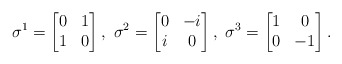
\begin{align*}\sigma^1 = \begin{bmatrix} 0 & 1 \\ 1 & 0 \end{bmatrix}, \ \sigma^2 = \begin{bmatrix} 0 & -i \\ i & 0 \end{bmatrix}, \ \sigma^3=\begin{bmatrix} 1 & 0 \\ 0 & -1 \end{bmatrix}.\end{align*}